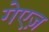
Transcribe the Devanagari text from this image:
गेएज़